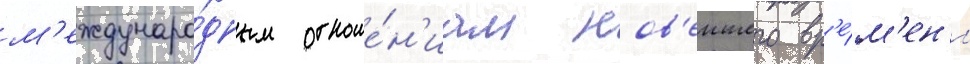
м'еждунаро́дным отноше́н'иам нов'еишего вр'е́м'ен'и